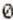
0